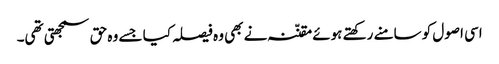
اسی اصول کو سامنے رکھتے ہوئے مقنّنہ نے بھی وہ فیصلہ کیا جسے وہ حق سمجھتی تھی۔